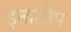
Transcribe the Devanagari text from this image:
इन्द्रद्वीप